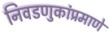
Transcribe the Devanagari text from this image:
निवडणुकांप्रमाणे